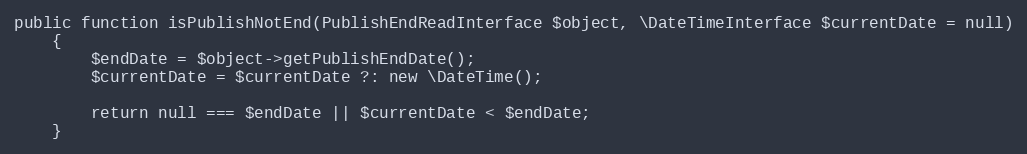
Language: PHP
public function isPublishNotEnd(PublishEndReadInterface $object, \DateTimeInterface $currentDate = null)
    {
        $endDate = $object->getPublishEndDate();
        $currentDate = $currentDate ?: new \DateTime();

        return null === $endDate || $currentDate < $endDate;
    }